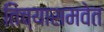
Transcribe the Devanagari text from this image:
तिच्यासमवेत